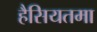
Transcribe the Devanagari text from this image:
हैसियतमा